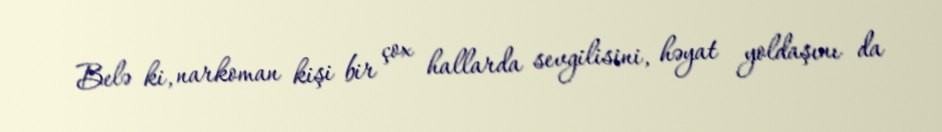
Belə ki, narkoman kişi bir çox hallarda sevgilisini, həyat yoldaşını da